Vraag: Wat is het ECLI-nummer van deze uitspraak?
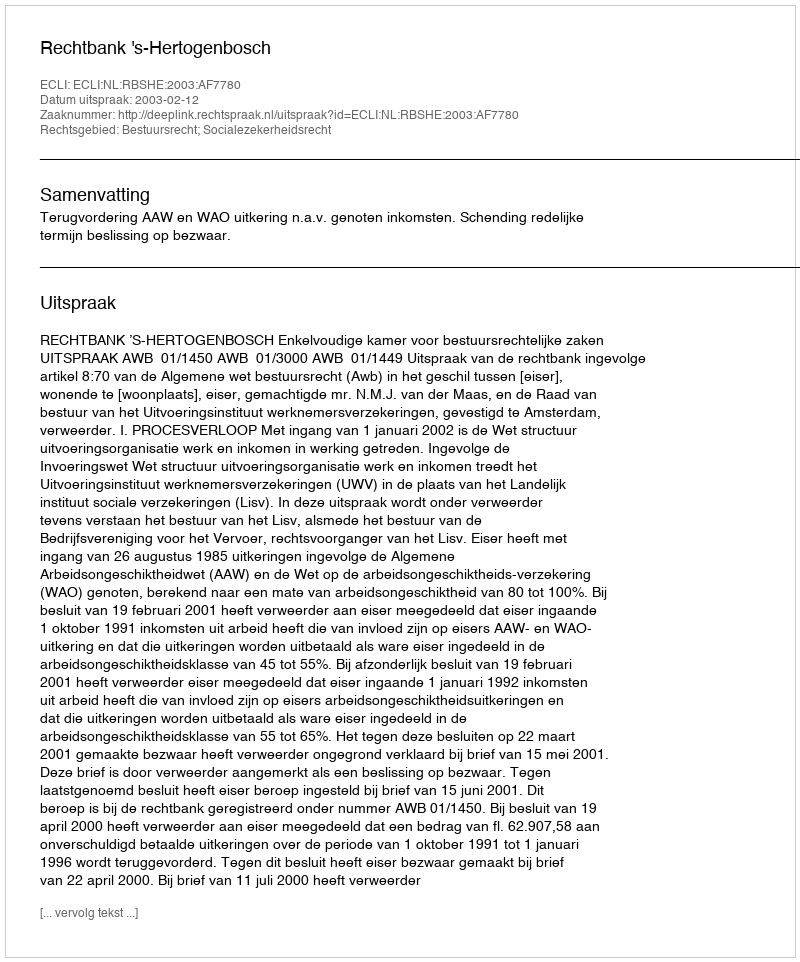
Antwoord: ECLI:NL:RBSHE:2003:AF7780